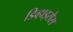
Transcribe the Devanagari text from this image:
डिव्हाइसेस